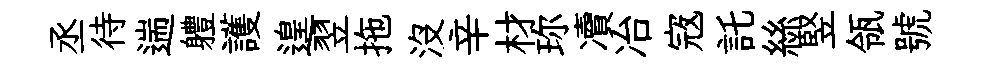
丞待遄軆護遑翌拖沒辛材珎凟冶𡨥託絲竪瓴號